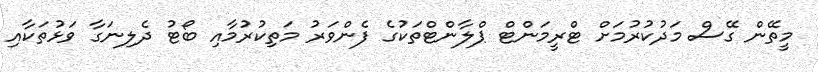
މީތޭން ގޭސް މަދުކުރުމަށް ޓްރީމަންޓް ޕްލާންޓްތަކުގެ ފެންވަރު މަތިކުރުމާއި ބޯޓު ދެލިނަގާ ވަޅުތަކާއި